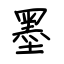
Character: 墨